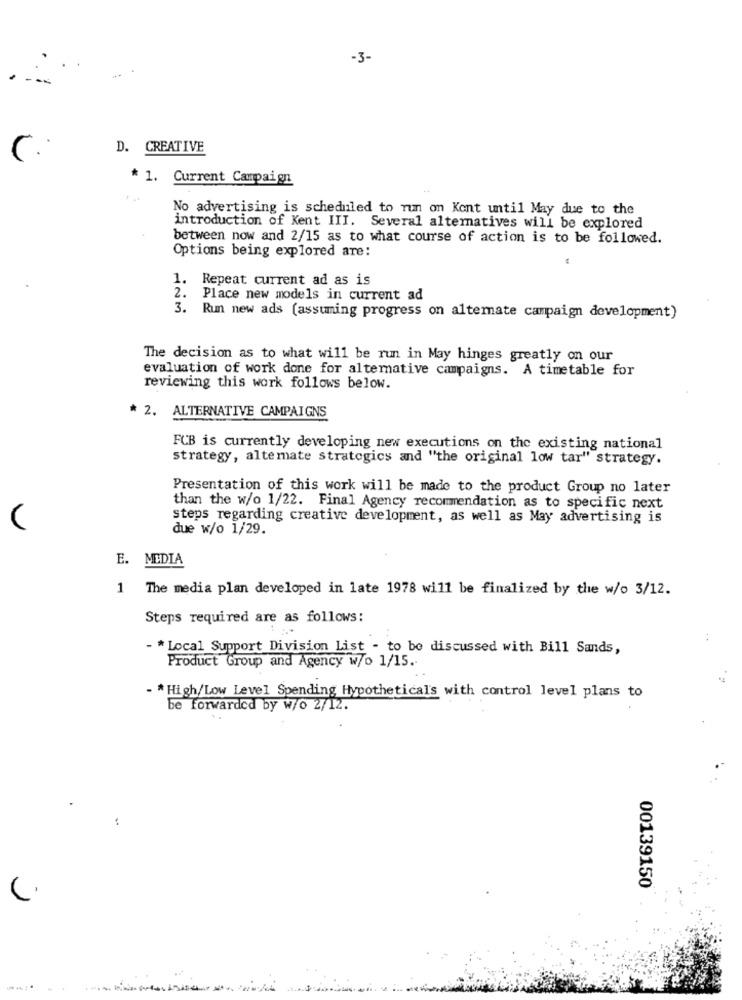
-3-
D. CREATIVE
C.
* 1. Current Campaign
No advertising is scheduled to run on Kont until May due to the
introduction of Kent III. Several alternatives will be explored
between now and 2/15 as to what course of action is to be followed.
Options being explored are:
1.
Repeat current ad as is
2.
Place new models in current ad
3. Run new ads (assuming progress on alternate campaign development)
The decision as to what will be run in May hinges greatly on our
evaluation of work done for alternative campaigns. A timetable for
reviewing this work follows below.
* 2. ALTERNATIVE CAMPAIGNS
FCB is currently developing new executions on the existing national
strategy, alterate strategics and "the original low tar" strategy.
Presentation of this work will be made to the product Group no later
than the w/o 1/22. Final Agency recommendation as to specific next
steps regarding creative development, as well as May advertising is
(
due w/o 1/29.
E. MEDIA
1 The media plan developed in late 1978 will be finalized by the w/0 3/12.
Steps required are as follows:
- * Local Support Division List - to be discussed with Bill Sands,
Product Group and Agency w/o 1/15.
..
- * High/Low Level Spending Hypotheticals with control level plans to
be forwarded by w/o 2/12.
..
00139150